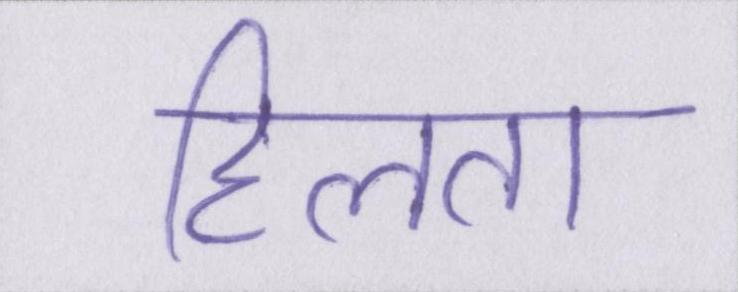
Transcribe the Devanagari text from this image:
हिलता